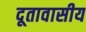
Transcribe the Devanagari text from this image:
दूतावासीय